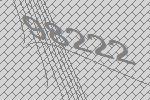
98222